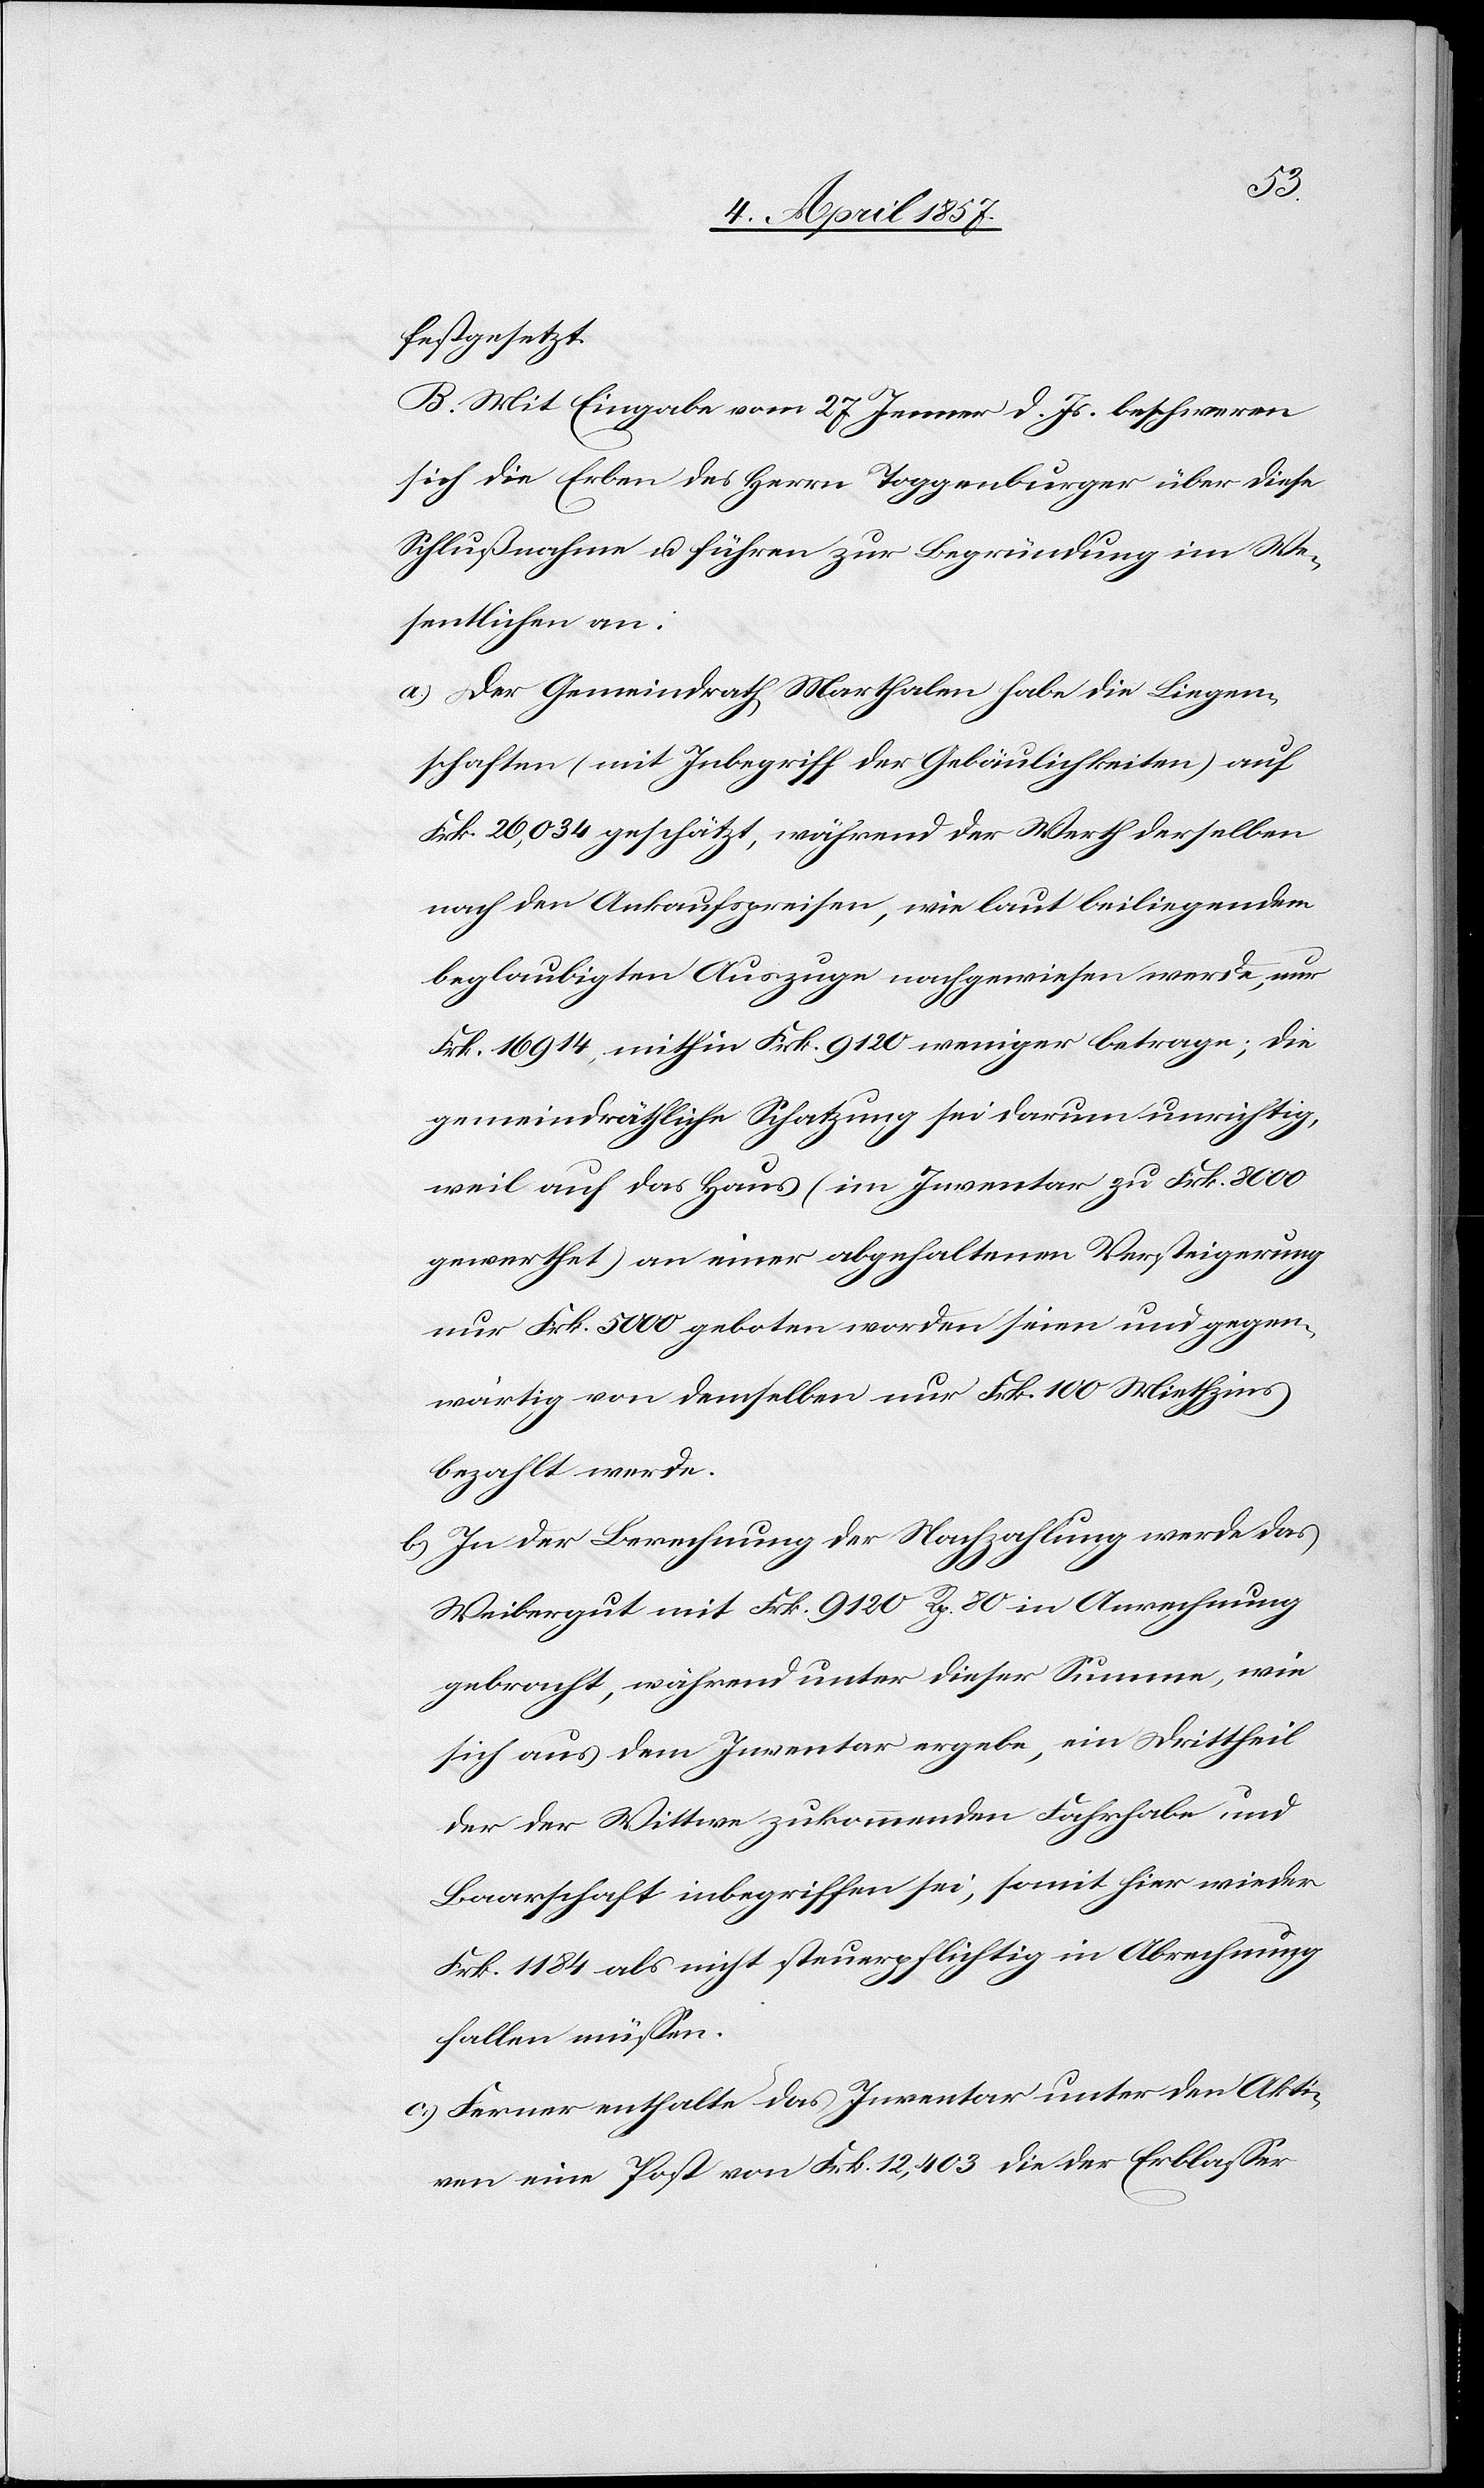
festgesetzt.
B. Mit Eingabe vom 27 Jenner d. Js. beschweren
sich die Erben des Herrn Toggenburger über diese
Schlußnahme u. führen zur Begründung im We¬
sentlichen an:
a.) Der Gemeindrath Marthalen habe die Liegen¬
schaften (mit Inbegriff der Gebäulichkeiten) auf
Frk. 26,034 geschätzt, während der Werth derselben
nach den Ankaufspreisen, wie laut beiliegendem
beglaubigten Auszuge nachgewiesen werde, nur
Frk. 16 914, mithin Frk. 9120 weniger betrage; die
gemeindräthliche Schatzung sei darum unrichtig,
weil auf das Haus (im Inventar zu Frk. 8000
gewerthet) an einer abgehaltenen Versteigerung
nur Frk. 5000 geboten worden seien und gegen¬
wärtig von demselben nur Frk. 100 Miethzins
bezahlt werde.
b.) In der Berechnung der Nachzahlung werde das
Weibergut mit Frk. 9120 Rp. 80 in Anrechnung
gebracht, während unter dieser Summe, wie
sich aus dem Inventar ergebe, ein Drittheil
der der Wittwe zukommenden Fahrhabe und
Baarschaft inbegriffen sei, somit hier wieder
Frk. 1184 als nicht steuerpflichtig in Abrechnung
fallen müssen.
c.) Ferner enthalte das Inventar unter den Akti¬
ven eine Post von Frk. 12,403 die der Erblasser